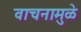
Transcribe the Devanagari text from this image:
वाचनामुळे